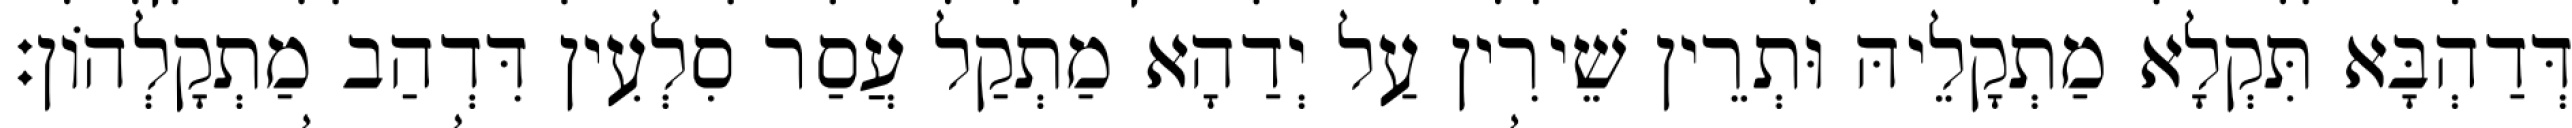
דְּדַהְבָּא תִּקְלָא מַתְקָלֵיהּ וּתְרֵין שֵׁירִין עַל יְדַהָא מַתְקַל עֲסַר סִלְעִין דִּדְהַב מַתְקָלְהוֹן׃